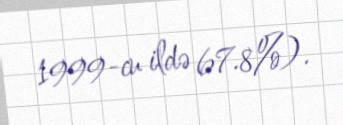
1999-cu ildə 67.8%).